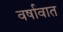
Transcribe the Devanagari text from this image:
वर्षावात